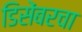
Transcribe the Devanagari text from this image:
डिसेंबरचा